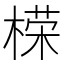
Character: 㮠